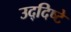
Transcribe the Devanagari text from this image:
उद्‌दिष्टे